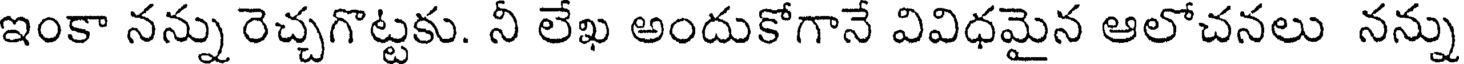
ఇంకా నన్ను రెచ్చగొట్టకు. నీ లేఖ అందుకోగానే వివిధమైన ఆలోచనలు నన్ను